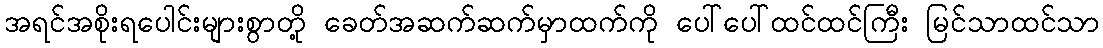
အရင်အစိုးရပေါင်းများစွာတို့ ခေတ်အဆက်ဆက်မှာထက်ကို ပေါ်ပေါ်ထင်ထင်ကြီး မြင်သာထင်သာ